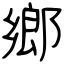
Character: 鄉